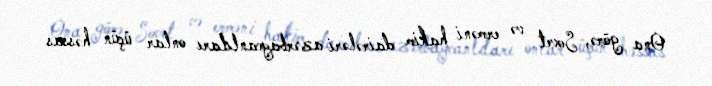
Ona görə, Sovet və erməni hakim dairələri azərbaycanlıları onlar üçün həssas